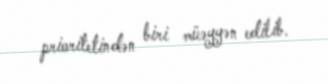
prioritetindən biri müəyyən edilib.